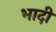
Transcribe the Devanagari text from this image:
भादी